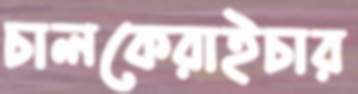
চালকেরাইচার